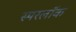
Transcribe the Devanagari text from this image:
स्परलॉक